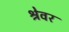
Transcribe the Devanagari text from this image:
श्रेवर